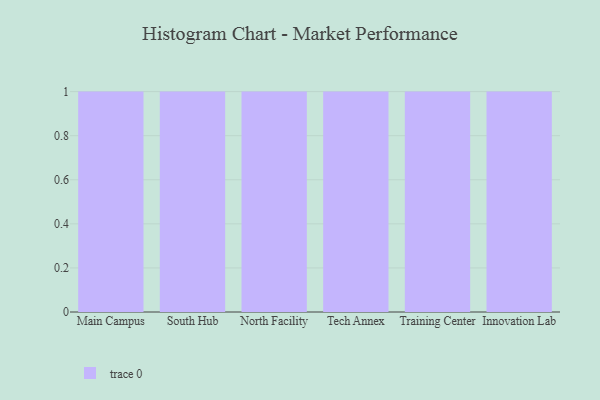
{"axis": {"x": "Campus", "y": "Tickets Resolved"}, "legend": [""], "data": [{"x": "Main Campus", "y": 82, "type": ""}, {"x": "South Hub", "y": 100, "type": ""}, {"x": "North Facility", "y": 23, "type": ""}, {"x": "Tech Annex", "y": 78, "type": ""}, {"x": "Training Center", "y": 26, "type": ""}, {"x": "Innovation Lab", "y": 98, "type": ""}]}